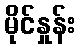
မိုင်နှုန်း